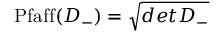
\mathrm { P f a f f } ( { \cal D } _ { - } ) = \sqrt { d e t { \cal D } _ { - } }